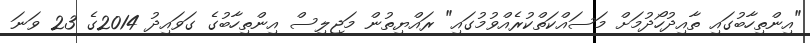
"އިންތިހާބުގައި ތާއިދުހޯދުމަށް މަސައްކަތްކުރެއްވުމުގައި" ރައްޔިތުން މަޖިލިސް އިންތިހާބުގެ ގަވައިދު 2014ގެ 23 ވަނަ